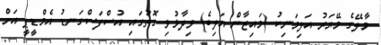
މާލޭގެ މޭޔަރު އަލިމަނިކު (މައިޒާން އަލިބެ) ވިދާޅުވި ގޮތުގައި އުސްފަސްގަނޑު އެމްޑީޕީ އަށް